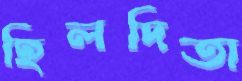
হিলদিতা